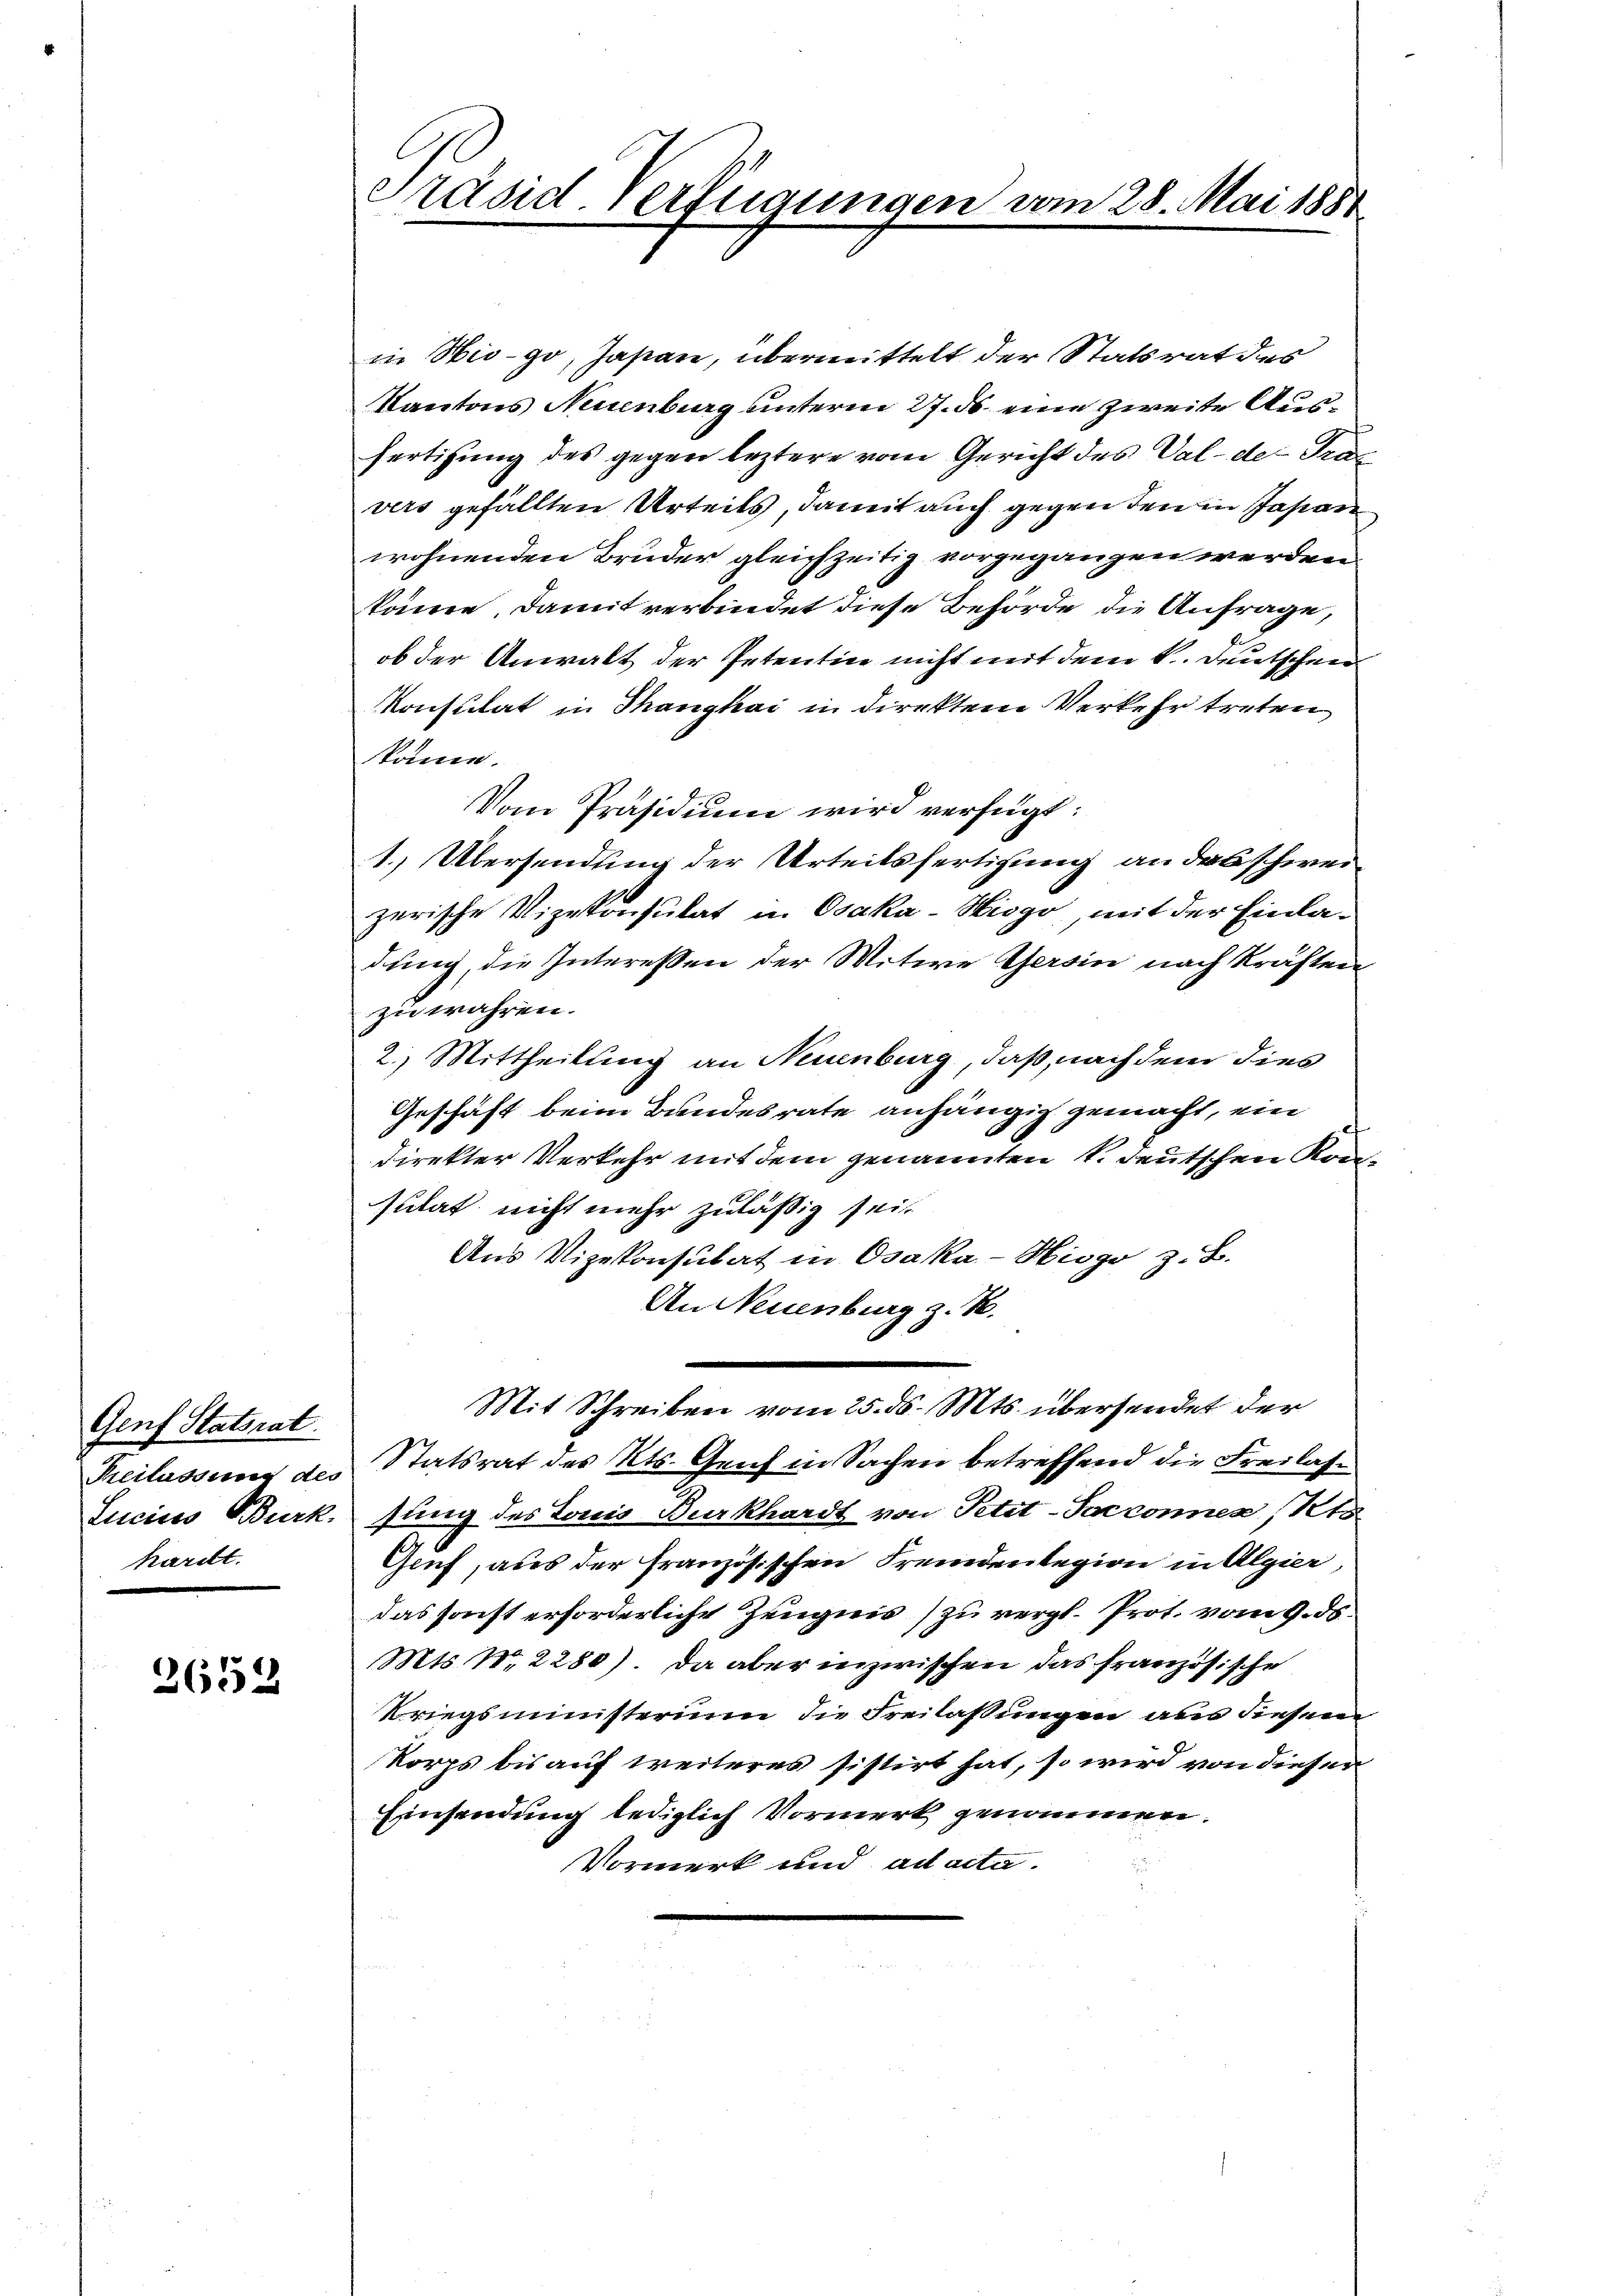
Genf Statsrat
hardt.

2652

in Hio-go, Japan, übermittelt der Statsrat des
Kantons Neuenburg unterm 27. ds. eine zweite Ausfertigung des gegen leztere vom Gericht des Val der Präs
vers gefällten Urteils, damit auch gegen den in Jasan
wohnenden Bruder gleichzeitig vorgegangen werden.
könne, damit verbindet diese Behörde die Anfrage,
ob der Anwalt der Petentin nicht mit dem k. Deutschnen
Konsulat in Thanghai in direkten Verkehr treten
könne.
Vom Präsidium wird verfügt:
1.) Übersendung der Urteilsfertigung an das schweizerische Vizekonsulat in Osaka-Hisgo, mit der Einladung, die Interessen der Witwe Gersin nach kräften
zu währen.
2.) Mittheilung an Neuenburg, daß, nachdem dies
Geschäft beim Bundesrate anhängig gemacht, ein
direkter Verkehr mit dem genannten 1. deutschen Konsulat nicht mehr zuläßig seit
Aus Vizekonsulat in Osaka-Hisgo z. B.
An Neuenburg z. B.
.
Mit Schreiben vom 25. ds. Mts. übersendet der
Reilassung des Statsrat des Kts. Genf in Sachen betreffend die Freilas¬
Lucius Burk, fung des Louis Burkhardt von Petit-Sacconen Kts.
Guf, aus der französischen Fremdenlegion in Algier,
das sonst erforderliche Zeugnis zu vergl. Prot. vom 9. ds.
Mts. 12280). Da aber inzwischen das französische
Kriegsministerium die Freilassungen aus diesem
Korps bis auf weiteres sistirt hat, so wird von dieser
Einsendung lediglich Vormerk genommen.
Vormerk und ad acta.

Präsid. Verfügungen vom 28. Mai 1881